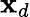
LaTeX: \mathbf{x}_{d}